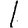
Digit: 1